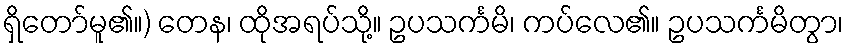
ရှိတော်မူ၏။) တေန၊ ထိုအရပ်သို့။ ဥပသင်္ကမိ၊ ကပ်လေ၏။ ဥပသင်္ကမိတွာ၊